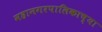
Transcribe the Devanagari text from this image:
महानगरपालिकाच्या